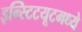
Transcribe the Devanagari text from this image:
इन्स्टिटयूटमध्ये